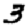
Digit: 3